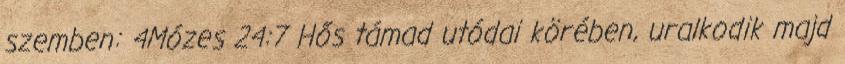
szemben: 4Mózes 24:7 Hős támad utódai körében, uralkodik majd